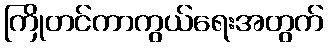
ကြိုတင်ကာကွယ်ရေးအတွက်